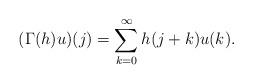
LaTeX: \begin{align*}(\Gamma(h)u)(j)=\sum_{k=0}^\infty h(j+k)u(k).\end{align*}